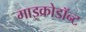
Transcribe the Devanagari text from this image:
माइक्रोडॉन्ट